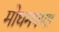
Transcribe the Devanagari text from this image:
मोघमपणा